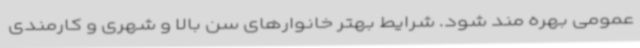
عمومی بهره مند شود. شرایط بهتر خانوارهای سن بالا و شهری و کارمندی